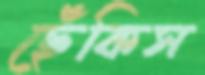
ছেঁকিস